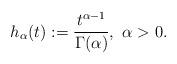
LaTeX: \begin{align*} h_\alpha(t):=\frac{t^{\alpha-1}}{\Gamma(\alpha)},\ \alpha >0.\end{align*}